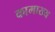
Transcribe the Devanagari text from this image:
कामाख्य